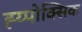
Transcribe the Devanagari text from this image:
ह्य्पोक्सिक